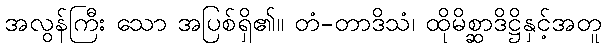
အလွန်ကြီး သော အပြစ်ရှိ၏။ တံ-တာဒိသံ၊ ထိုမိစ္ဆာဒိဋ္ဌိနှင့်အတူ